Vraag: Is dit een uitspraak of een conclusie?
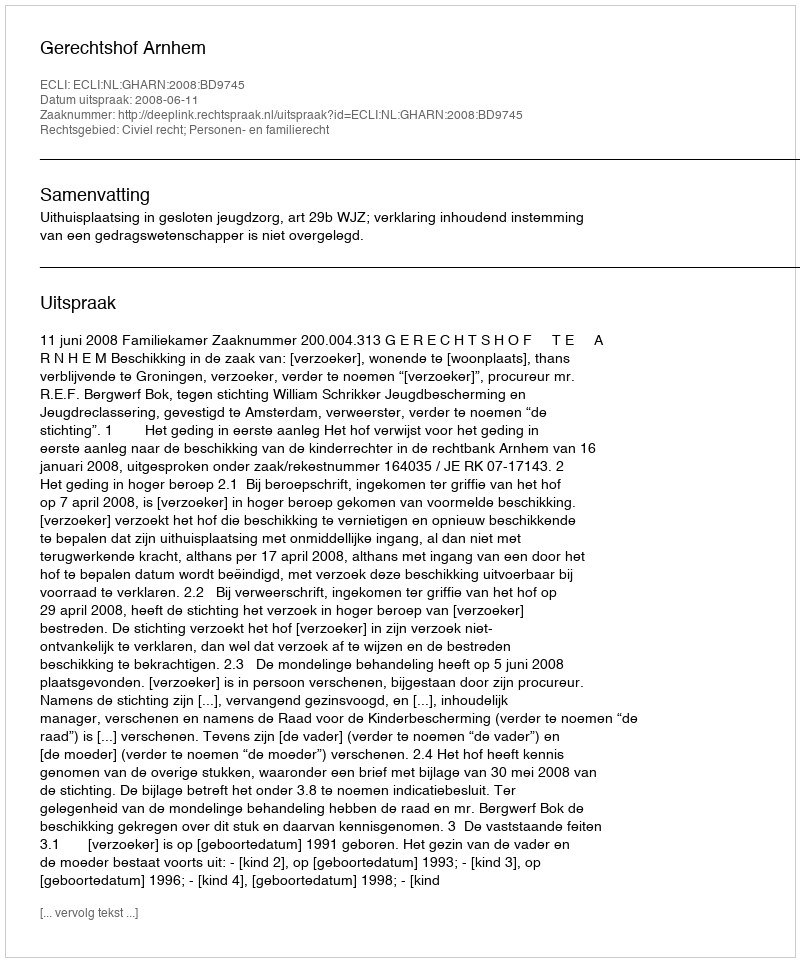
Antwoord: Uitspraak